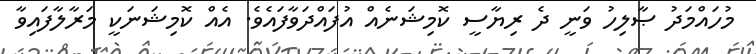
މުހައްމަދު ޞާލިހު ވަނީ ދެ ރިޔާސީ ކޮމިޝަނެއް އުފައްދަވާފައެވެ. އެއް ކޮމިޝަނަކީ މަރާލާފައިވާ